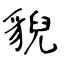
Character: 貎